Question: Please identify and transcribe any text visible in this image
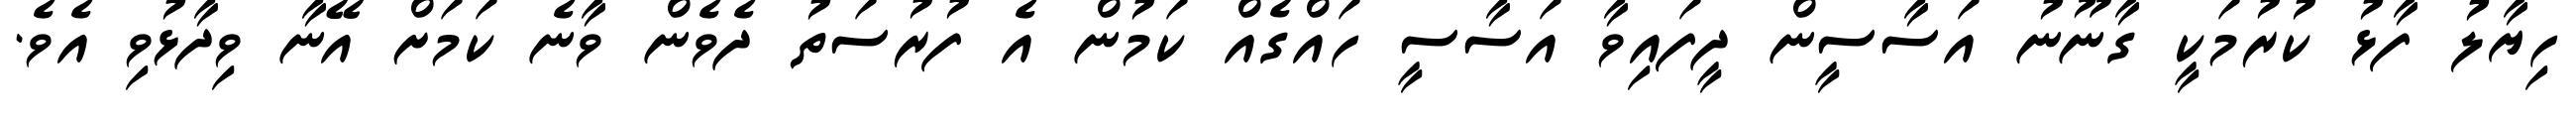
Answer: ހިޔާލު ފާޅު ކުރުމަކީ ގާނޫނު އަސާސީން ދީފައިވާ އަސާސީ ހައްގެއް ކަމުން އެ ފުރުސަތު ދެވެން ވާނެ ކަމަށް އޭނާ ވިދާޅުވި އެވެ.